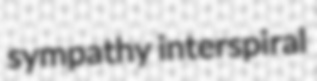
sympathy interspiral